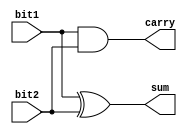
module half_adder(
	bit1,
	bit2,
	sum,
	carry		
	);
   input bit1;
   input bit2;
   output sum;
   output carry;
   
   assign sum = bit1 ^ bit2;
   assign carry = bit1 & bit2;

endmodule